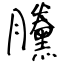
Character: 黱